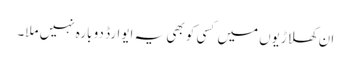
ان کھلاڑیوں میں کسی کو بھی یہ ایوارڈ دو بارہ نہیں ملا۔